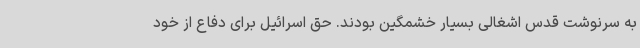
به سرنوشت قدس اشغالی بسیار خشمگین بودند. حق اسرائیل برای دفاع از خود